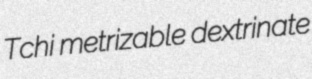
Tchi metrizable dextrinate